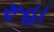
રૂહા